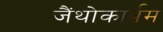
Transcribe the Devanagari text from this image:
जैंथोकार्पम